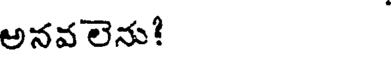
అనవలెను!